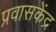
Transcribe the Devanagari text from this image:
प्रवासकेंद्र